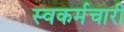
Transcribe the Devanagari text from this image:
स्वकर्मचारी